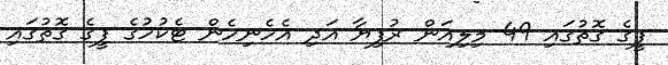
ފީގެ ގޮތުގައި 49 މިލިއަން ރުފިޔާ އަދި އެހެނިހެން ޓެކުހުގެ ފީގެ ގޮތުގައި